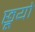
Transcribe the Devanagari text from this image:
छूयो